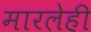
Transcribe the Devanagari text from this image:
मारलेही